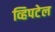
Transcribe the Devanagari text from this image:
व्हिपटेल